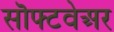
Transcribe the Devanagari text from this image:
सॊफ्टवेअर